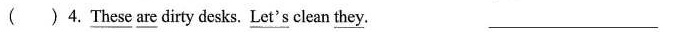
( ) 4.\underline{These} \underline{are} dirty desks. \underline{Let's} clean \underline{they}. ___